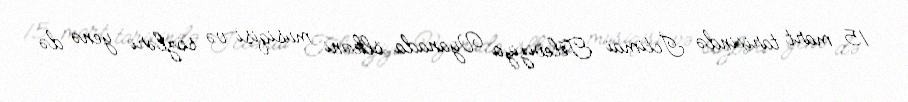
15 mart tarixində İctimai Televiziya Vyanada ölkəni musiqisi və sözləri yenə də